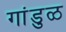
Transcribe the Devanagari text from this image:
गांडुळ